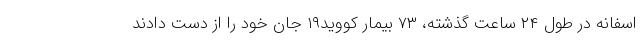
اسفانه در طول ۲۴ ساعت گذشته، ۷۳ بیمار کووید۱۹ جان خود را از دست دادند